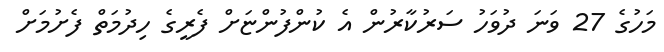
މަހުގެ 27 ވަނަ ދުވަހު ސަރުކާރުން އެ ކުންފުންޏަށް ފެރީގެ ހިދުމަތް ފެށުމަށް